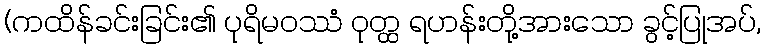
(ကထိန်ခင်းခြင်း၏ ပုရိမဝဿံ ဝုတ္ထ ရဟန်းတို့အားသော ခွင့်ပြုအပ်,